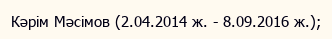
Кәрім Мәсімов (2.04.2014 ж. - 8.09.2016 ж.);